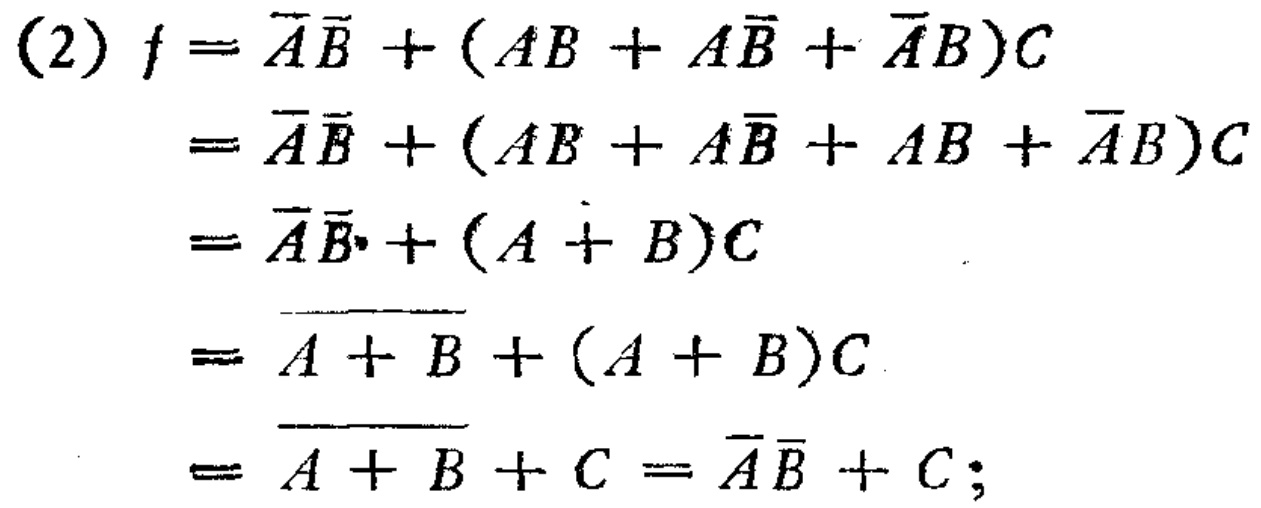
\begin{align*}

(2) f&= \overline{A}\overline{B} + (AB + A\overline{B} + \overline{A}B)C\\

&= \overline{A}\overline{B} + (AB + A\overline{B} + AB + \overline{A}B)C\\

&= \overline{A}\overline{B} + (A + B)C\\

&= \overline{\overline{A + B}} + (A + B)C\\

&= \overline{\overline{A + B}} + C = \overline{A}\overline{B} + C;

\end{align*}